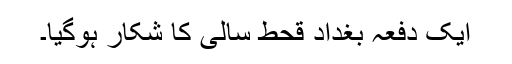
ایک دفعہ بغداد قحط سالی کا شکار ہوگیا۔